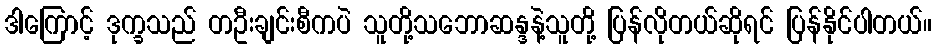
ဒါကြောင့် ဒုက္ခသည် တဦးချင်းစီကပဲ သူတို့သဘောဆန္ဒနဲ့သူတို့ ပြန်လိုတယ်ဆိုရင် ပြန်နိုင်ပါတယ်။